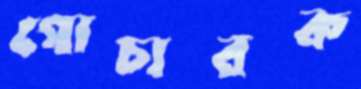
গোচারক